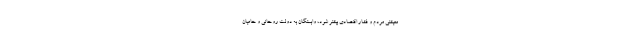
معیشتی مردم و فشار اقتصادی بیشتر شود، وابستگان به دولت روحانی و حامیان